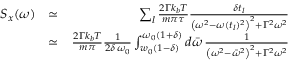
\begin{array} { r l r } { S _ { x } ( \omega ) } & { \simeq } & { \sum _ { l } \frac { 2 \Gamma k _ { b } T } { m \pi \tau } \frac { \delta t _ { l } } { \left( \omega ^ { 2 } - \omega ( t _ { l } ) ^ { 2 } \right) ^ { 2 } + \Gamma ^ { 2 } \omega ^ { 2 } } } \\ & { \simeq } & { \frac { 2 \Gamma k _ { b } T } { m \pi } \frac { 1 } { 2 \delta \, \omega _ { 0 } } \int _ { w _ { 0 } ( 1 - \delta ) } ^ { \omega _ { 0 } ( 1 + \delta ) } d \bar { \omega } \, \frac { 1 } { \left( \omega ^ { 2 } - \bar { \omega } ^ { 2 } \right) ^ { 2 } + \Gamma ^ { 2 } \omega ^ { 2 } } } \end{array}